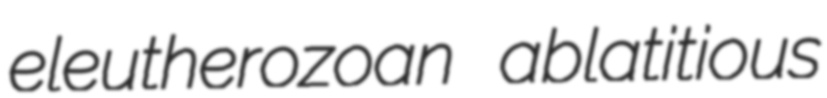
eleutherozoan ablatitious